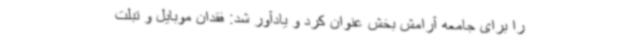
را برای جامعه آرامش بخش عنوان کرد و یادآور شد: فقدان موبایل و تبلت